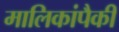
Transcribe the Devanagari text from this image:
मालिकांपैकी